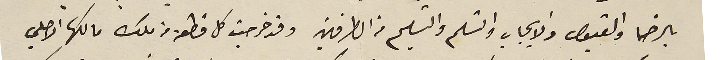
بالرضا والقبول والايجاب والتسلم والتسليم من الطرفين وقد خرجت كل قطعة من ملك مالكها الاصلي